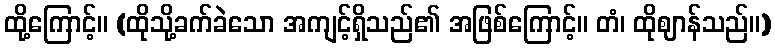
ထို့ကြောင့်။ (ထိုသို့ခက်ခဲသော အကျင့်ရှိသည်၏ အဖြစ်ကြောင့်။ တံ၊ ထိုဈာန်သည်။)